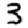
Digit: 3